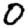
Digit: 0